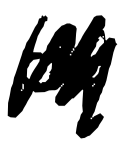
Text: of
Cross-out: scratch
Writing tool: digital_black